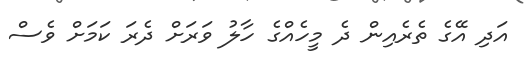
އަދި އޭގެ ތެރެއިން ދެ މީހެއްގެ ހާލު ވަރަށް ދެރަ ކަމަށް ވެސް